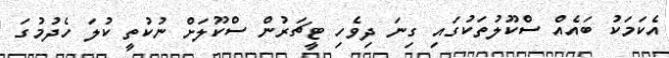
އެކަމަކު ބައެއް ސްކޫލުތަކުގައި ގިނަ ދިވެހި ޓީޗަރުން ސްކޫލަށް ނުކުތީ ކުލަ ހެދުމުގަ